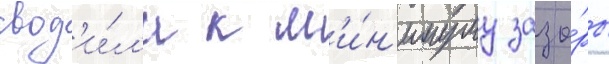
свод'и́л'и к м'и́н'имуму зазо́ры